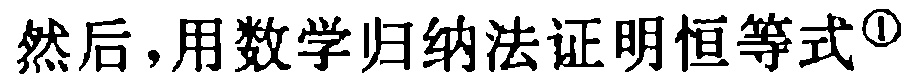
然后，用数学归纳法证明恒等式\(^{\textcircled{1}}\)